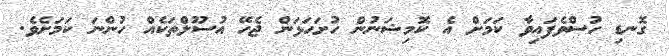
ގޮނޑި ހުސްވެފައިވާ ކަމަށް އެ ކޮމިޝަނުން ހުށަހަޅަން ޖެހޭ އުސޫލްތަކެއް ހުންނަ ކަމަށެވެ.